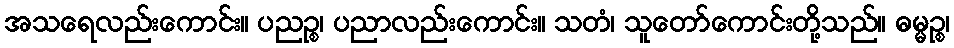
အသရေလည်းကောင်း။ ပညဉ္စ၊ ပညာလည်းကောင်း။ သတံ၊ သူတော်ကောင်းတို့သည်။ ဓမ္မဉ္စ၊